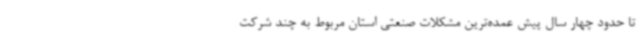
تا حدود چهار سال پیش عمده‌ترین مشکلات صنعتی استان مربوط به چند شرکت